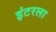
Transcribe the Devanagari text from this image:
इंटरला